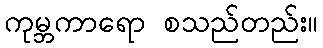
ကုမ္ဘကာရော စသည်တည်း။